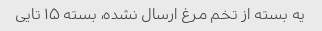
یه بسته از تخم مرغ ارسال نشده، بسته ۱۵ تایی